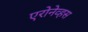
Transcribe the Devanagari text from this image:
एरोनेव्हस